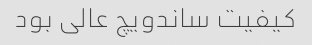
کیفیت ساندویچ عالی بود